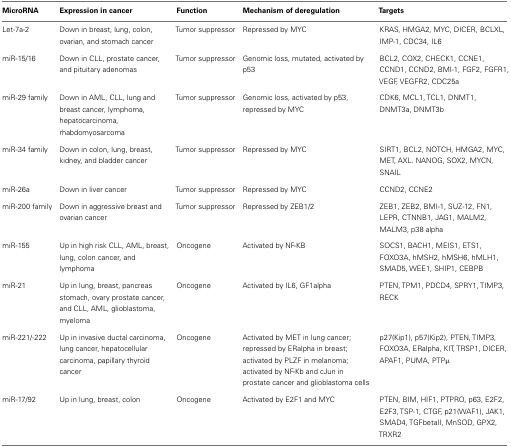
| MicroRNA | Expression in cancer | Function | Mechanism of deregulation | Targets |
 | --- | --- | --- | --- | --- |
 | Let-7a-2 | Down in breast, lung, colon, ovarian, and stomach cancer | Tumor suppressor | Repressed by MYC | KRAS, HMGA2, MYC, DICER, BCLXL, IMP-1, CDC34, IL6 |
 | miR-15/16 | Down in CLL, prostate cancer, and pituitary adenomas | Tumor suppressor | Genomic loss, mutated, activated by p53 | BCL2, COX2, CHECK1, CCNE1, CCND1, CCND2, BMI-1, FGF2, FGFR1, VEGF, VEGFR2, CDC25a |
 | miR-29 family | Down in AML, CLL, lung and breast cancer, lymphoma, hepatocarcinoma, rhabdomyosarcoma | Tumor suppressor | Genomic loss, activated by p53, repressed by MYC | CDK6, MCL1, TCL1, DNMT1, DNMT3a, DNMT3b |
 | miR-34 family | Down in colon, lung, breast, kidney, and bladder cancer | Tumor suppressor | Repressed by MYC | SIRT1, BCL2, NOTCH, HMGA2, MYC, MET, AXL. NANOG, SOX2, MYCN, SNAIL |
 | miR-26a | Down in liver cancer | Tumor suppressor | Repressed by MYC | CCND2, CCNE2 |
 | miR-200 family | Down in aggressive breast and ovarian cancer | Tumor suppressor | Repressed by ZEB1/2 | ZEB1, ZEB2, BMI-1, SUZ-12, FN1, LEPR, CTNNB1, JAG1, MALM2, MALM3, p38 alpha |
 | miR-155 | Up in high risk CLL, AML, breast, lung, colon cancer, and lymphoma | Oncogene | Activated by NF-KB | SOCS1, BACH1, MEIS1, ETS1, FOXO3A, hMSH2, hMSH6, hMLH1, SMAD5, WEE1, SHIP1, CEBPB |
 | miR-21 | Up in lung, breast, pancreas stomach, ovary prostate cancer, and CLL, AML, glioblastoma, myeloma | Oncogene | Activated by IL6, GF1alpha | PTEN, TPM1, PDCD4, SPRY1, TIMP3, RECK |
 | miR-221/-222 | Up in invasive ductal carcinoma, lung cancer, hepatocellular carcinoma, papillary thyroid cancer | Oncogene | Activated by MET in lung cancer; repressed by ERalpha in breast; activated by PLZF in melanoma; activated by NF-Kb and cJun in prostate cancer and glioblastoma cells | p27(Kip1), p57(Kip2), PTEN, TIMP3, FOXO3A, ERalpha, KIT, TRSP1, DICER, APAF1, PUMA, PTPμ |
 | miR-17/92 | Up in lung, breast, colon | Oncogene | Activated by E2F1 and MYC | PTEN, BIM, HIF1, PTPRO, p63, E2F2, E2F3, TSP-1, CTGF, p21(WAF1), JAK1, SMAD4, TGFbetaII, MnSOD, GPX2, TRXR2 |